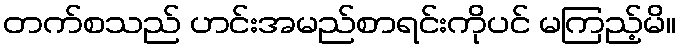
တက်စသည် ဟင်းအမည်စာရင်းကိုပင် မကြည့်မိ။